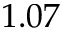
1 . 0 7